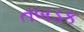
તબડક